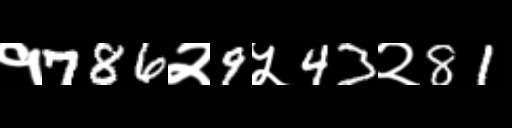
Text: १786२9५43२81